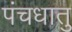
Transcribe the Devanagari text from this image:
पंचधातु